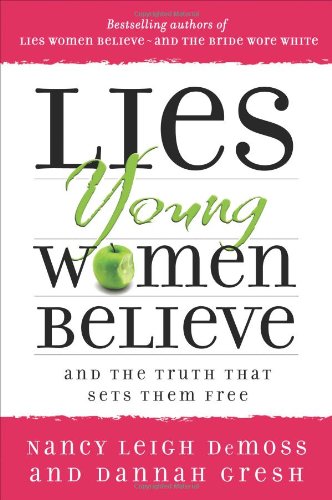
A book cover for Lies Young Women Believe: And the Truth that Sets Them Free; Nancy Leigh DeMoss; Christian Books & Bibles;